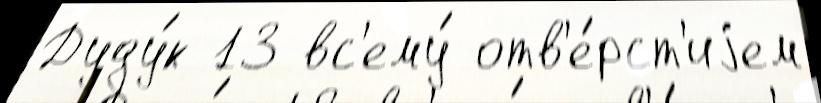
Дуду́к 13 вс'ему́ отв'е́рст'иjем